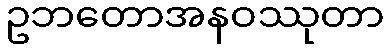
ဥဘတောအနဝဿုတာ